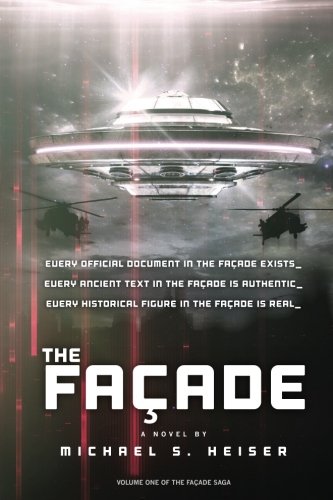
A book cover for The FaÃ§ade (The FaÃ§ade Saga) (Volume 1); Michael S. Heiser; Science Fiction & Fantasy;